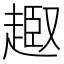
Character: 𧼒